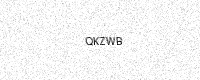
Text: QKZWB